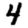
Digit: 4